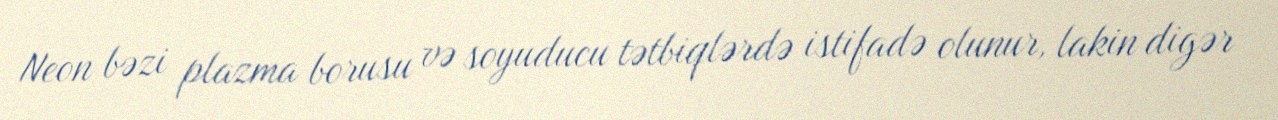
Neon bəzi plazma borusu və soyuducu tətbiqlərdə istifadə olunur, lakin digər